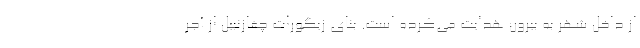
از داخل شهر به بیرون هدایت می‌کرده است. بنای زیگورات چغازنبیل از آجر